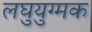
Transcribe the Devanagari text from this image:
लघुयुग्मक